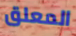
المعلق